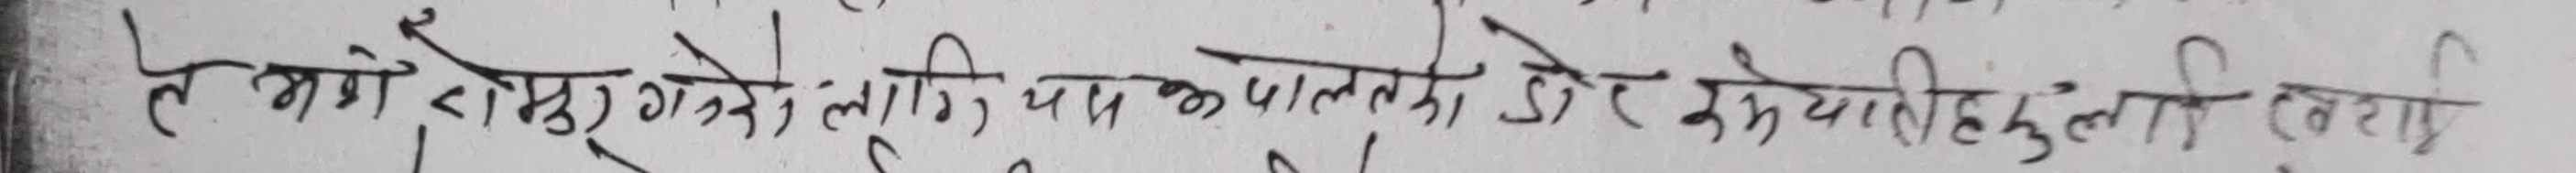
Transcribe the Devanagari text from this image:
लग्ने राखेको छैन, ताकि यमाको पालोमा डोरे अभयाली हुलि लरारि